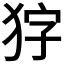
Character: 𭸇